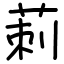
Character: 莿